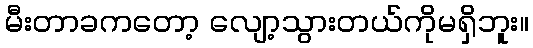
မီးတာခကတော့ လျော့သွားတယ်ကိုမရှိဘူး။